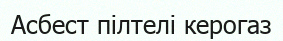
Асбест пілтелі керогаз